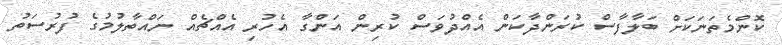
ކޮންމެތަނަކަށް ބަލާފާސް ކުރަންދާކަން އެއްދުވަސް ކުރިން އަންގާ އެހުރި އެއްޗެއް ނައްތާލުމުގެ ފުރުސަތު